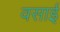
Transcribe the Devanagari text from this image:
वसाई